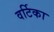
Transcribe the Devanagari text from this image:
वर्टिका